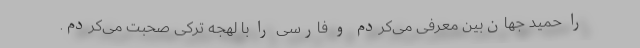
را حمید جهان‌بین معرفی می‌کردم و فارسی را با لهجه تركی صحبت می‌کردم.